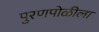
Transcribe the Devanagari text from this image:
पुरणपोळीला